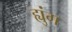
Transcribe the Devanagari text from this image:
ह्युंग